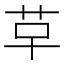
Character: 𮧓